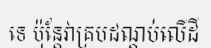
ទេ ប៉ុន្តែវាគ្របដណ្តប់លើដី